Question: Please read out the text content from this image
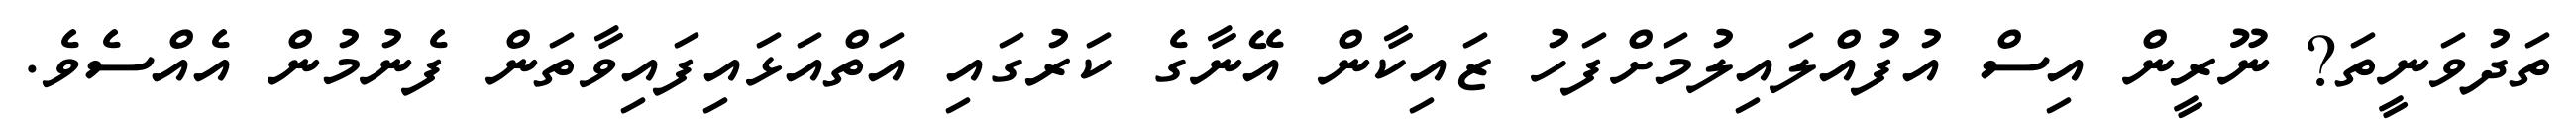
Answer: ތަދުވަނީތަ? ނޫރީން އިސް އުފުއްލައިލުމަށްފަހު ޒައިކާން އޭނާގެ ކަރުގައި އަތްއަޅައިފައިވާތަން ފެނުމުން އެއްސެވެ.